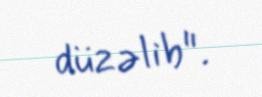
düzəlib".